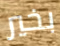
بخير